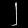
Digit: ၂